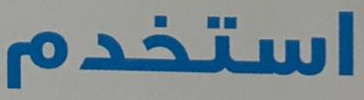
استخدم